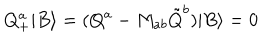
Q _ { + } ^ { a } | B \rangle = ( Q ^ { a } - M _ { a b } \tilde { Q } ^ { b } ) | B \rangle = 0